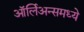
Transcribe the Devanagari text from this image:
ऑर्लिअन्समध्ये